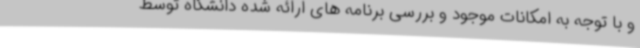
و با توجه به امکانات موجود و بررسی برنامه های ارائه شده دانشگاه توسط